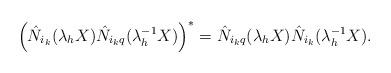
LaTeX: \begin{align*}\Big(\hat N_{i_k}(\lambda_hX)\hat N_{{i_k} q}(\lambda_h^{-1}X)\Big)^*=\hat N_{{i_k}q}(\lambda_hX)\hat N_{i_k}(\lambda_h^{-1}X).\end{align*}